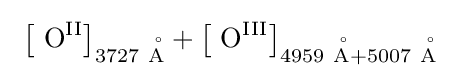
\ \left[\ {\ce {O}}^{{\ce {II}}}\right]_{3727~\mathrm {\AA} }+\left[\ {\ce {O}}^{{\ce {III}}}\right]_{4959~\mathrm {\AA} +5007~\mathrm {\AA} }\